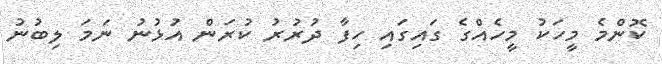
ކޮންމެ މީހަކު މީހެއްގެ ގައިގައި ހިފާ ދުރުރު ކުރަން އުޅުނު ނަމަ ލިބުނު